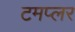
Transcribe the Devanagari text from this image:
टमप्लर